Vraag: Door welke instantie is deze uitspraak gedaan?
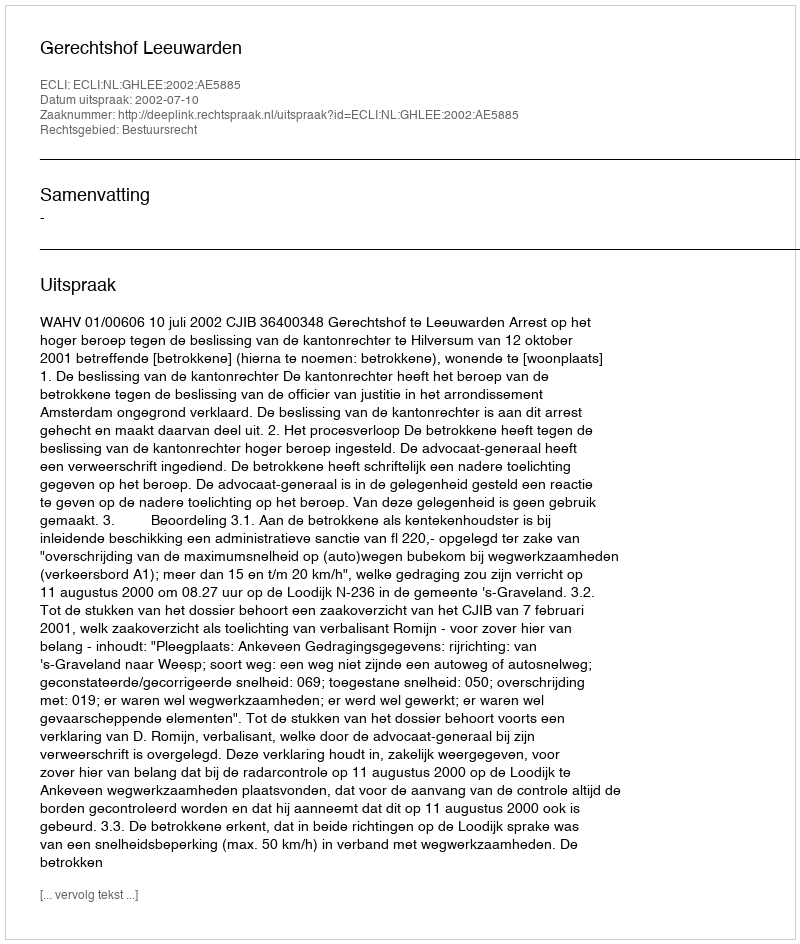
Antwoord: Gerechtshof Leeuwarden